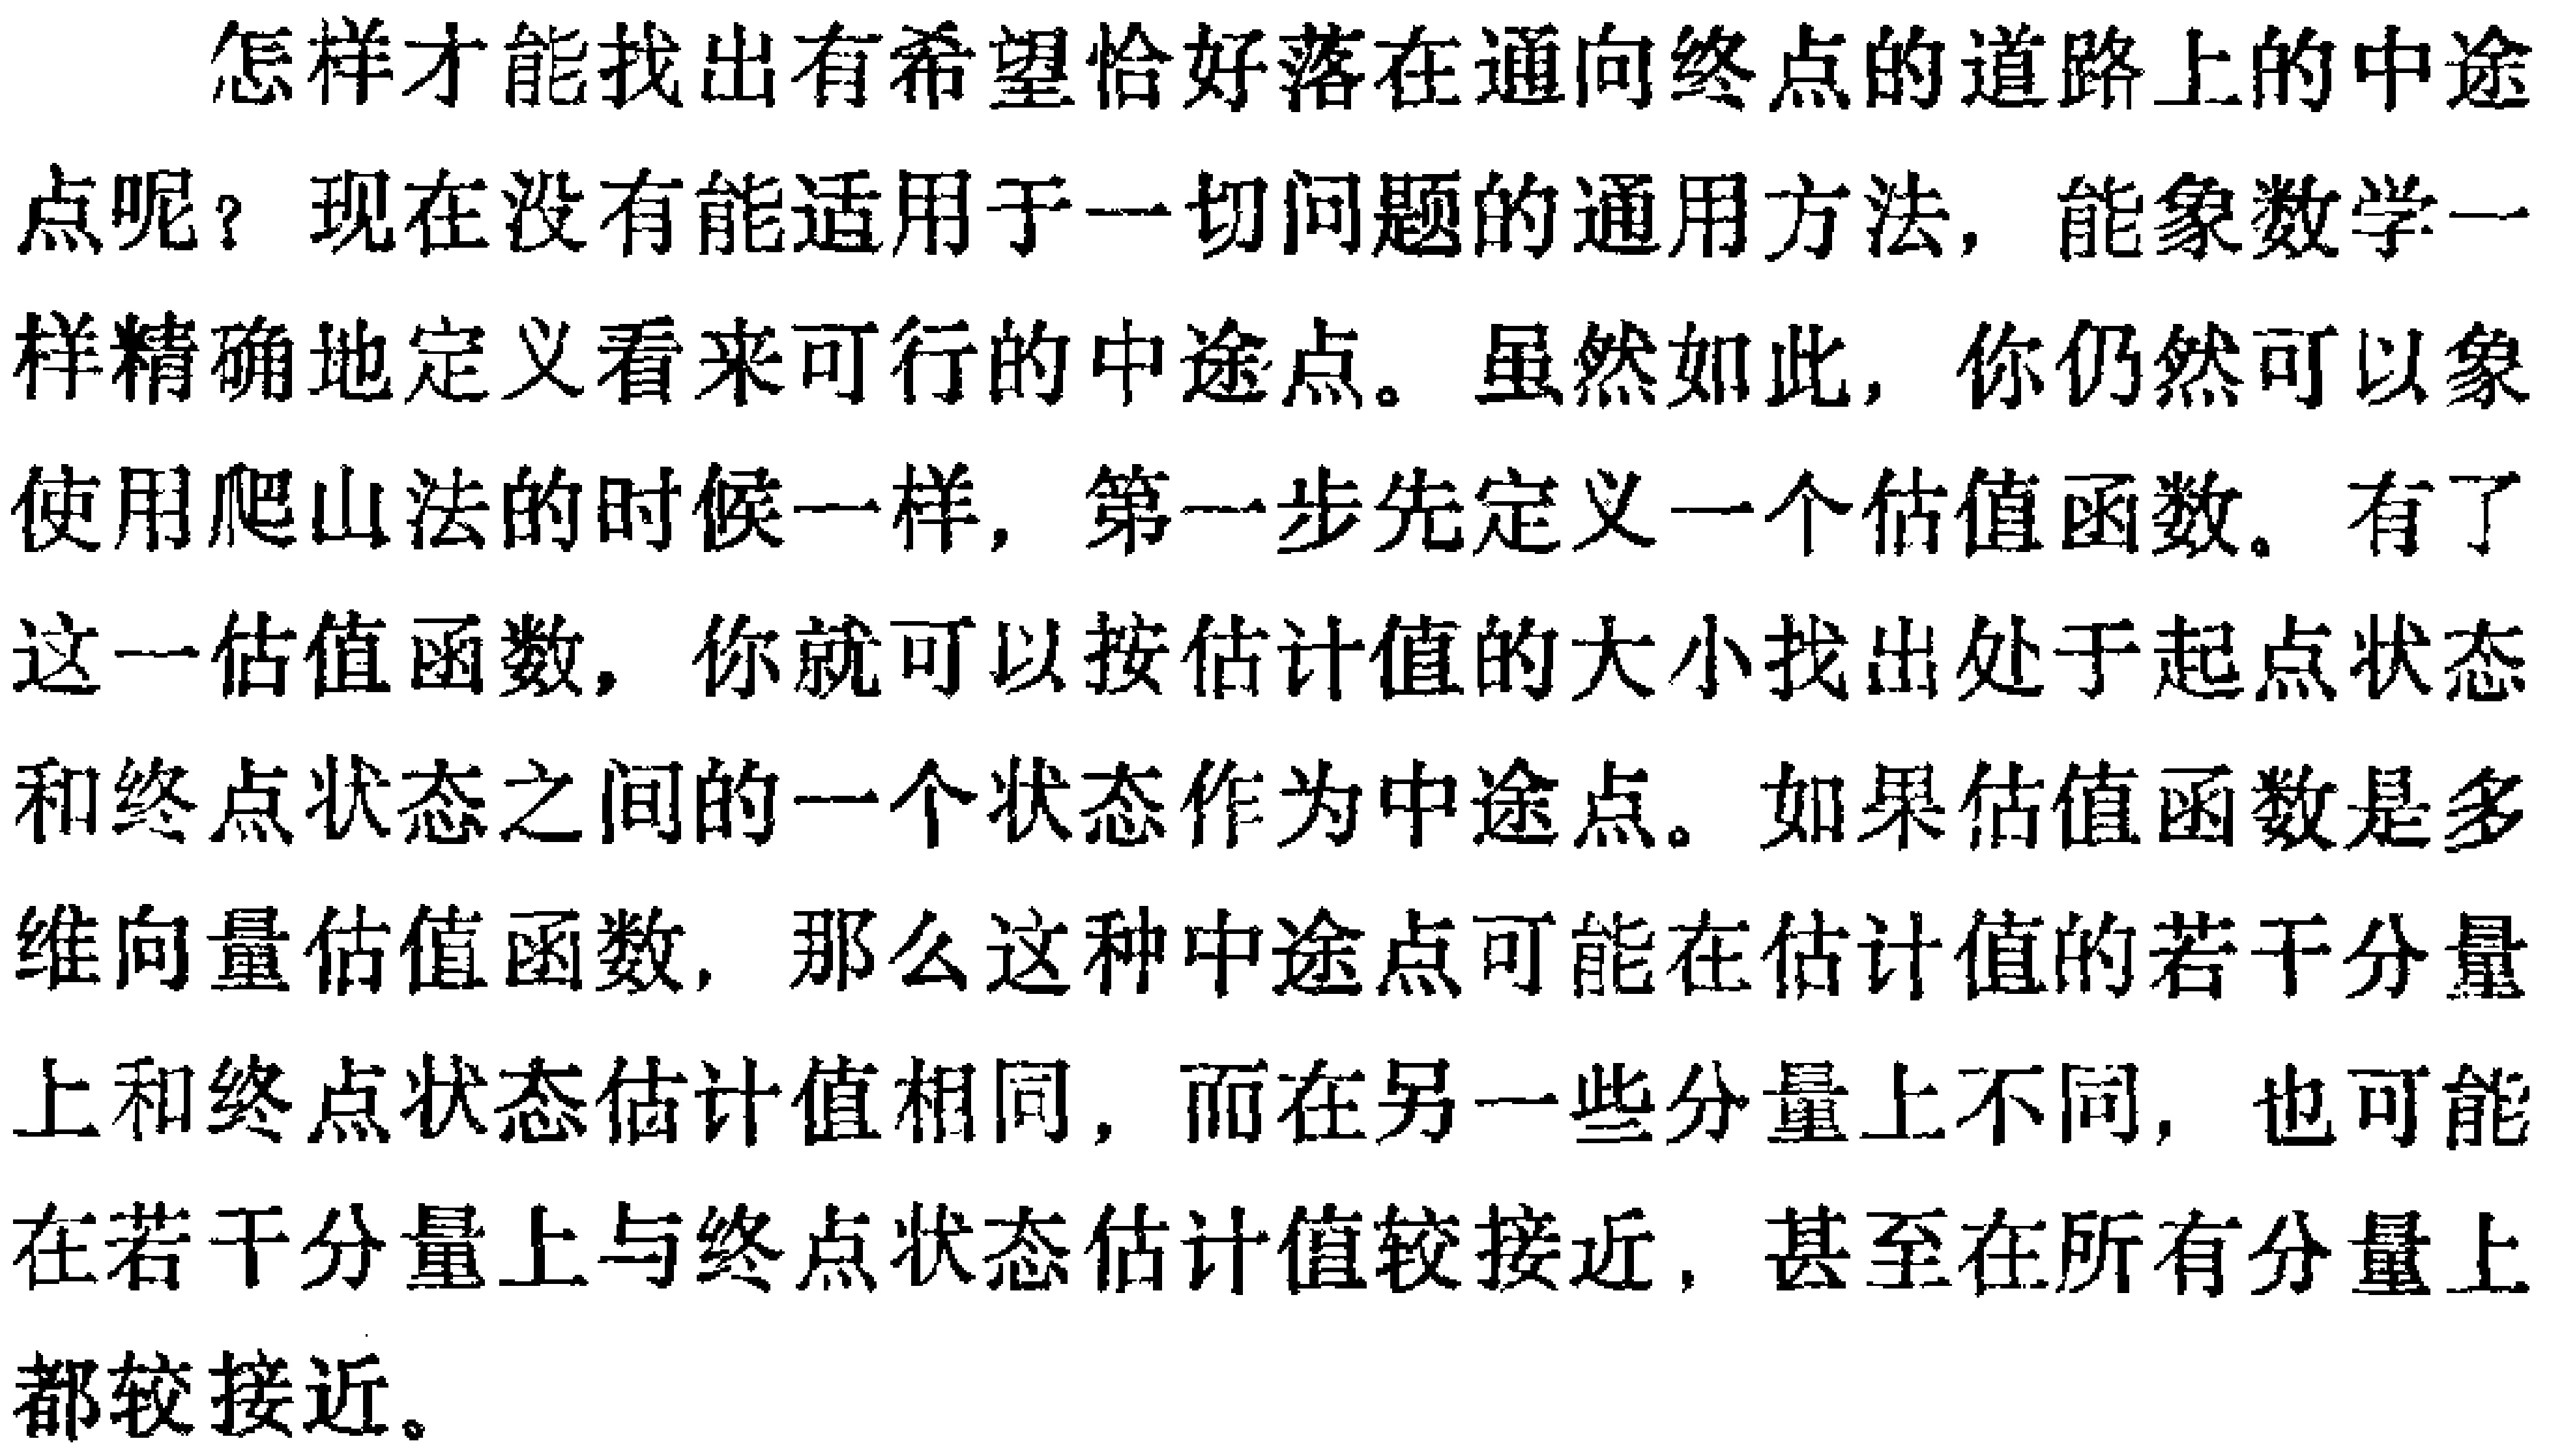
怎样才能找出有希望恰好落在通向终点的道路上的中途
点呢？现在没有能适用于一切问题的通用方法，能象数学一
样精确地定义看来可行的中途点。虽然如此，你仍然可以象
使用爬山法的时候一样，第一步先定义一个估值函数。有了
这一估值函数，你就可以按估计值的大小找出处于起点状态
和终点状态之间的一个状态作为中途点。如果估值函数是多
维向量估值函数，那么这种中途点可能在估计值的若干分量
上和终点状态估计值相同，而在另一些分量上不同，也可能
在若干分量上与终点状态估计值较接近，甚至在所有分量上
都较接近。